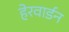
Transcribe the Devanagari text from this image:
हेरवार्डन